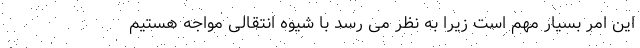
این امر بسیار مهم است زیرا به نظر می رسد با شیوه انتقالی مواجه هستیم